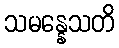
သမန္နေသတိ